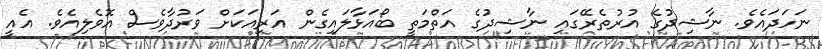
ނަހަދައެވެ. ނާޝިދުގެ އުރުތެރޭގައި ނާޝިދުގެ އަތްމަތީ ބޯއަޅާލައިގެން އަރިއަކަށް ވަރުދާވެސް އޮވެލިއެވެ. އެއީ